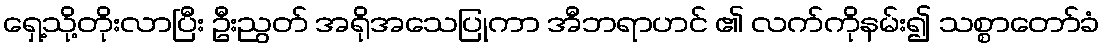
ရှေ့သို့တိုးလာပြီး ဦးညွတ် အရိုအသေပြုကာ အီဘရာဟင် ၏ လက်ကိုနမ်း၍ သစ္စာတော်ခံ